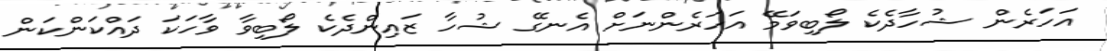
އަހަރެން ޝުހާދެކެ ލޯބިވަމޭ އަހަރެންނަށް އެނގޭ ޝުހާ ޒައިންދެކެ ލޯބިވާ ވާހަކަ ދައްކަންކަން